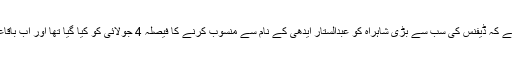
ایڈمنسٹریٹر ڈی ایچ اے بریگیڈیئر زبیر احمد کا کہنا ہے کہ ڈیفنس کی سب سے بڑی شاہراہ کو عبدالستار ایدھی کے نام سے منسوب کرنے کا فیصلہ 4 جولائی کو کیا گیا تھا اور اب باقاعدہ طور پر شاہراہ پر بورڈز نصب کردیئے گئے ہیں۔